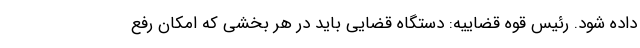
داده شود. رئیس قوه قضاییه: دستگاه قضایی باید در هر بخشی که امکان رفع